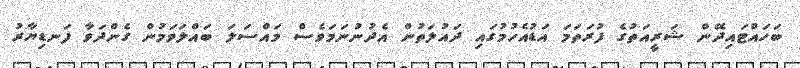
ބަހައްޓައިދޭން ޝަރީއަތުގެ ފުރަތަމަ އަޑުއެހުމުގައި ދައުލަތުން އެދުނުނަމަވެސް މައްސަލަ ބައްލަވަމުން ގެންދަވާ ފަނޑިޔާރު